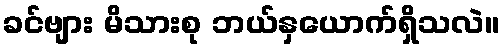
ခင်ဗျား မိသားစု ဘယ်နှယောက်ရှိသလဲ။